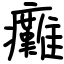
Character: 癱